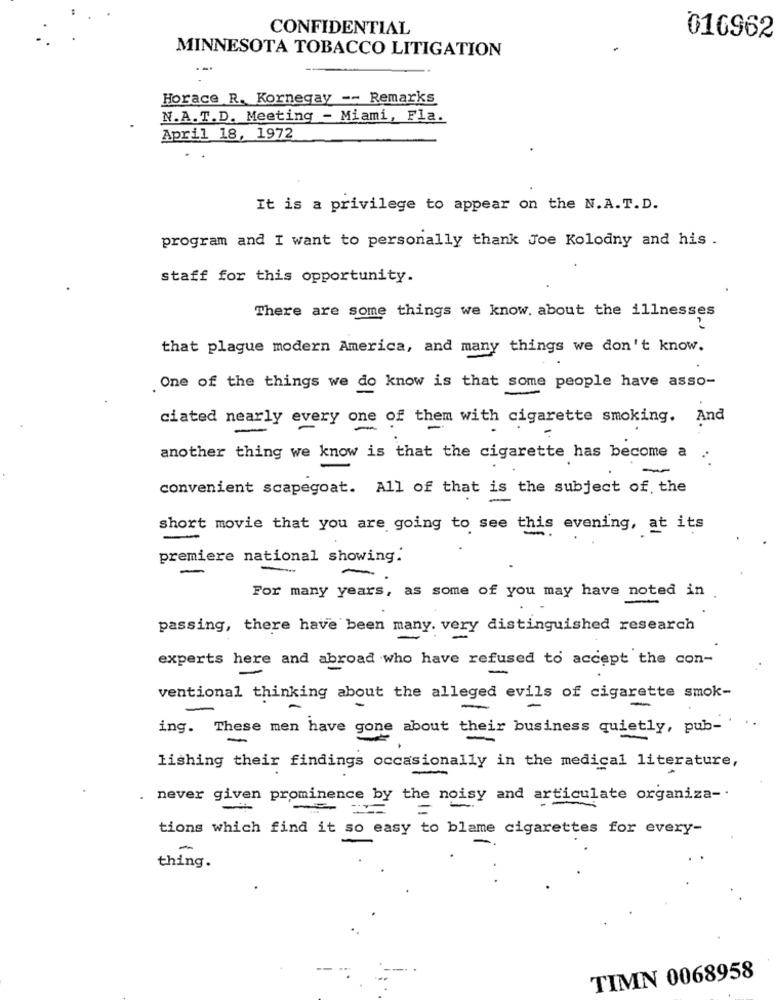
CONFIDENTIAL
016962
MINNESOTA TOBACCO LITIGATION
Horace R. Kornegay -- Remarks
N.A.T.D. Meeting - Miami, Fla.
April 18, 1972
It is a privilege to appear on the N.A.T.D.
program and I want to personally thank Joe Kolodny and his .
staff for this opportunity.
There are some things we know. about the illnesses
that plague modern America, and many things we don't know.
. One of the things we do know is that some people have asso-
ciated nearly every one of them with cigarette smoking. And
-
-
another thing we know is that the cigarette has become a
-
convenient scapegoat. All of that is the subject of the
short movie that you are going to see this evening, at its
premiere national showing.
-
For many years, as some of you may have noted in
passing, there have been many. very distinguished research
experts here and abroad who have refused to accept the con-
ventional thinking about the alleged evils of cigarette smok-
-
ing. These men have gone about their business quietly, pub-
-
lishing their findings occasionally in the medical literature,
. never given prominence by the noisy and articulate organiza -.
-
tions which find it so easy to blame cigarettes for every-
thing.
TIMN 0068958